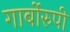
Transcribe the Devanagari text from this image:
गार्बोरुपी